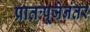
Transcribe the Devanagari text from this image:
प्रातःपूजेनंतर